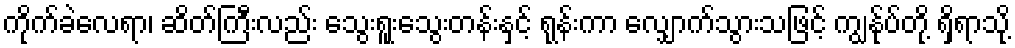
ကိုက်ခဲလေရာ၊ ဆိတ်ကြီးလည်း သွေးရူးသွေးတန်းနှင့် ရုန်းကာ လျှောက်သွားသဖြင့် ကျွန်ုပ်တို့ ရှိရာသို့